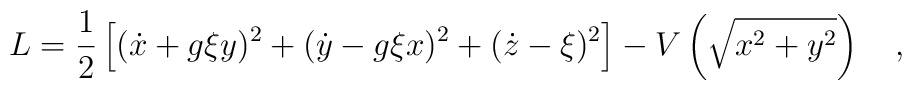
L=\frac{1}{2}\left[(\dot{x}+g\xi y)^2+(\dot{y}-g\xi x)^2+(\dot{z}-\xi)^2\right]-V\left(\sqrt{x^2+y^2}\right)\ \ \ ,